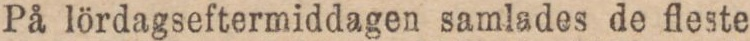
På lördagseftermiddagen samlades de fleste